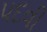
પદવી